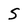
Character: S